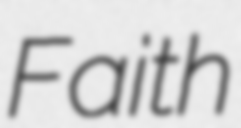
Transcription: Faith